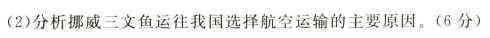
(2)分析挪威三文鱼运往我国选择航空运输的主要原因。(6分)